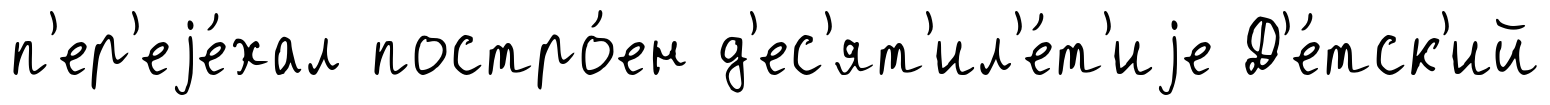
п'ер'еjе́хал постро́ен д'ес'ят'ил'е́т'иjе Д'е́тск'ий